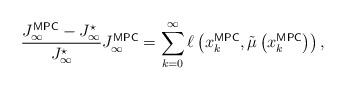
LaTeX: \begin{align*}\frac{J_\infty^{\mathsf{MPC}} - J_\infty^\star}{J_\infty^\star} J_\infty^{\mathsf{MPC}} = \sum_{k=0}^\infty \ell \left( x_k^\mathsf{MPC},\tilde \mu \left(x_k^\mathsf{MPC} \right) \right),\end{align*}